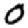
Digit: 0